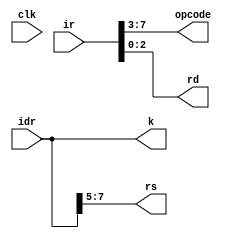
module instruction_decoder(
 input [7:0] ir, idr,
 input clk,
 output   [4:0] opcode,
 output   [2:0] rd, rs,
 output   [7:0] k
);
 
 /*always@(posedge clk)
	begin
	opcode <= instruction[15:11];
	rd <= instruction[10:8];
	rs <= instruction[7:5];
	k <= instruction[7:0];
 	end */
	assign opcode = ir[7:3];
	assign rd = ir[2:0];
	assign rs = idr[7:5];
	assign k = idr[7:0];

endmodule